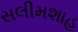
સલીમશાહ